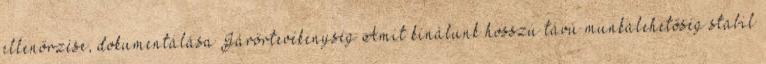
ellenőrzése, dokumentálása Járőrtevékenység Amit kínálunk hosszú távú munkalehetőség stabil